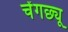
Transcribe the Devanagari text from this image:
चेंगछ्यू